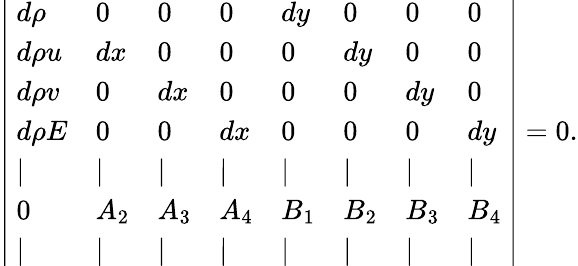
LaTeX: \left|\begin{array}{llllllll}{~d\rho}&{0}&{0}&{0}&{dy}&{0}&{0}&{0~}\\ {~d\rho u}&{dx}&{0}&{0}&{0}&{dy}&{0}&{0~}\\ {~d\rho v}&{0}&{dx}&{0}&{0}&{0}&{dy}&{0~}\\ {~d\rho E}&{0}&{0}&{dx}&{0}&{0}&{0}&{dy~}\\ {~|}&{|}&{|}&{|}&{|}&{|}&{|}&{|~}\\ {~0}&{A_{2}}&{A_{3}}&{A_{4}}&{B_{1}}&{B_{2}}&{B_{3}}&{B_{4}~}\\ {~|}&{|}&{|}&{|}&{|}&{|}&{|}&{|~}\end{array}\right|=0.